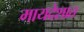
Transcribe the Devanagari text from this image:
मायदेशात